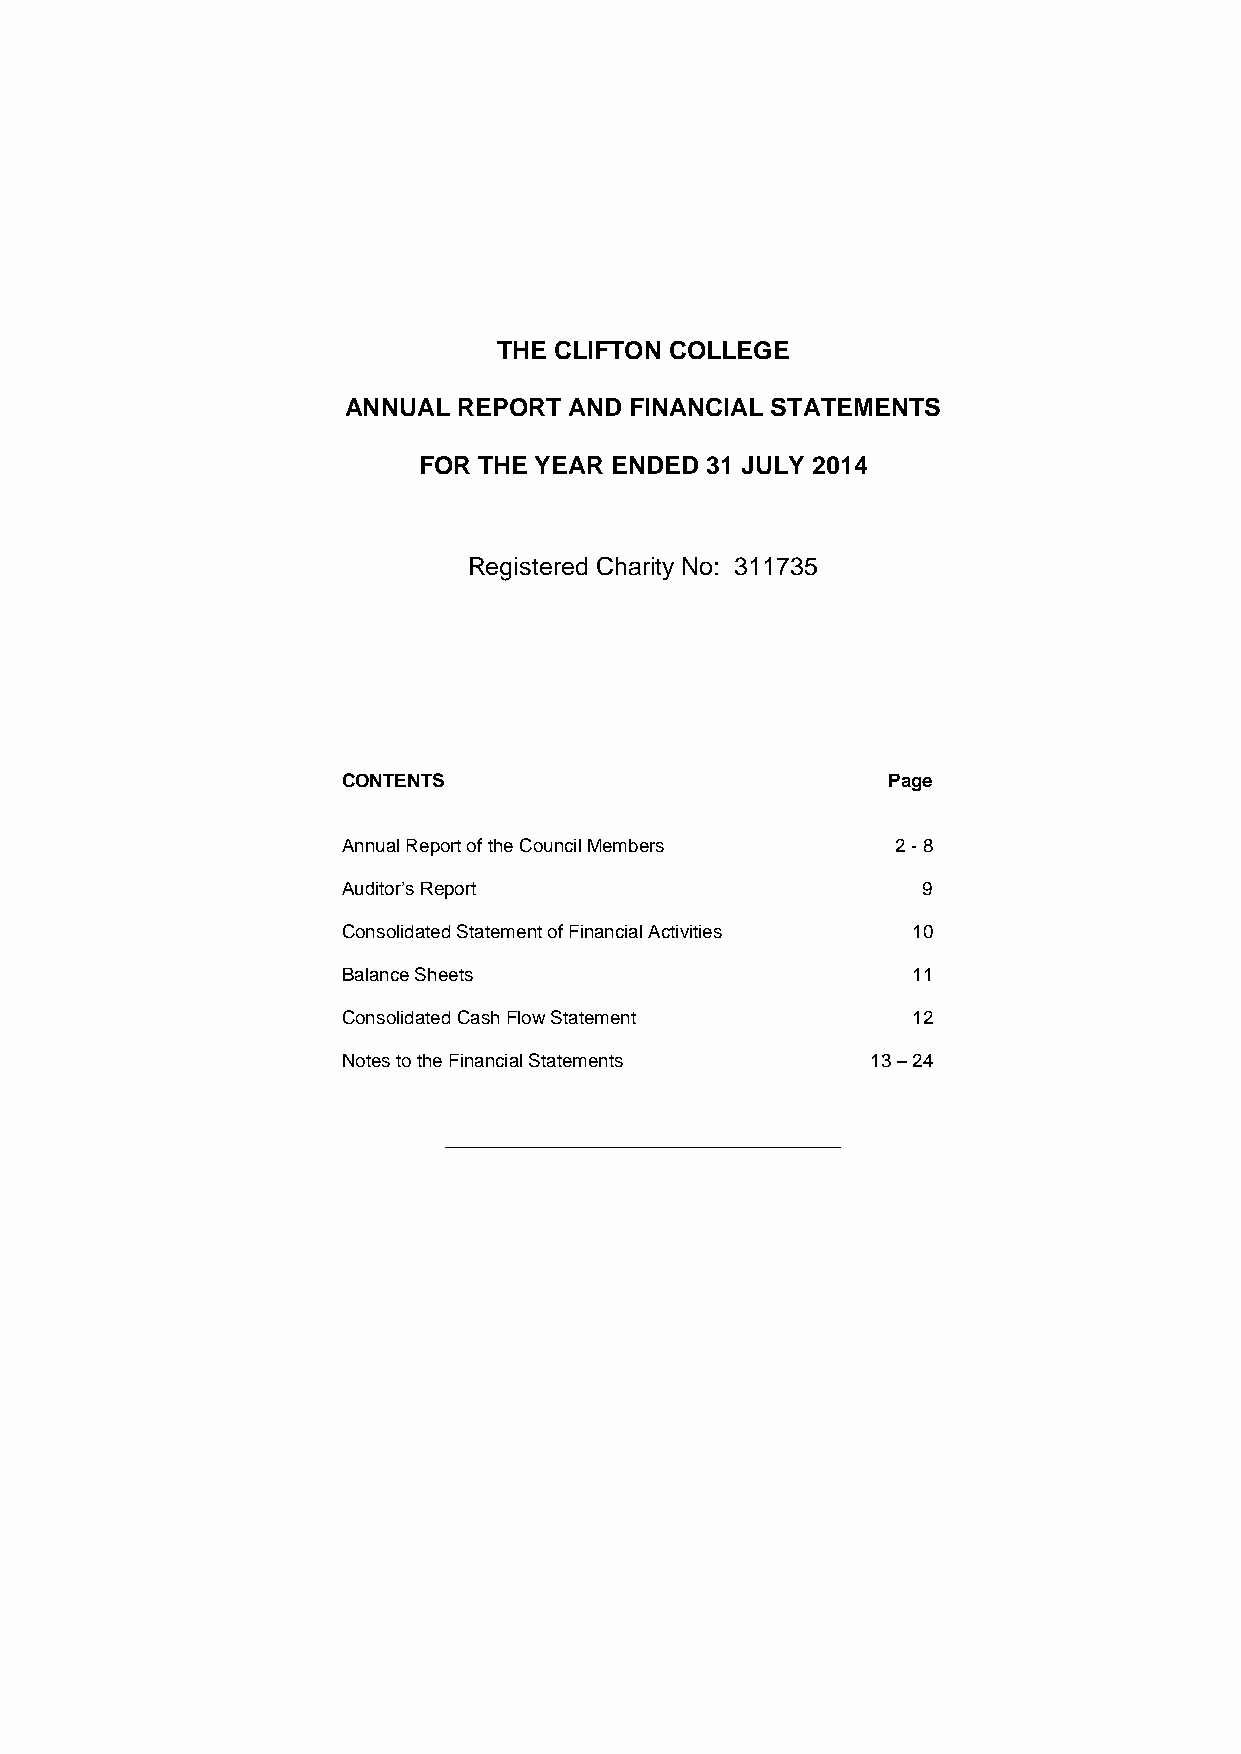
THE CLIFTON COLLEGE
 ANNUAL REPORT  AND FINANCIAL STATEMENTS
 FOR THE YEAR ENDED 31 JULY 2014
 Registered Charity No: 311735
 CONTENTS                            Page
 Annual Report of the Council Members 2 - 8
 Auditor’s Report                      9
 Consolidated Statement of Financial Activities 10
 Balance Sheets                       11
 Consolidated Cash Flow Statement     12
 Notes to the Financial Statements  13 – 24
 _______________________________